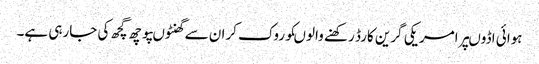
ہوائی اڈوںپرامریکی گرین کارڈ رکھنے والوںکوروک کران سے گھنٹوںپوچھ گچھ کی جارہی ہے۔